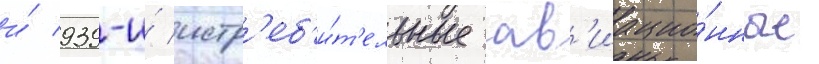
и́ 939-и́ истр'еб'и́т'ельные ав'иацио́нные